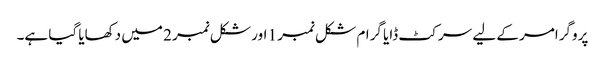
پروگرامر کے لیے سرکٹ ڈایا گرام شکل نمبر 1 اور شکل نمبر 2 میں دکھایا گیا ہے۔